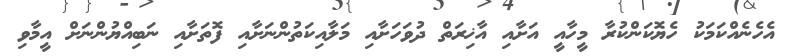
އެހެނެއްކަމަކު ހެޔޮކަންކުރާ މީހާއީ އަށާއި އާޚިރަތް ދުވަހަށާއި މަލާއިކަތުންނަށާއި ފޮތަށާއި ނަބިއްޔުންނަށް އީމާވި